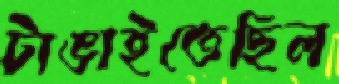
টাঙাইতেছিল